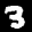
Label: 3